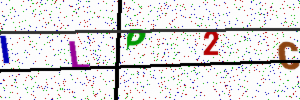
Text: ILP2C